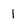
Character: 1